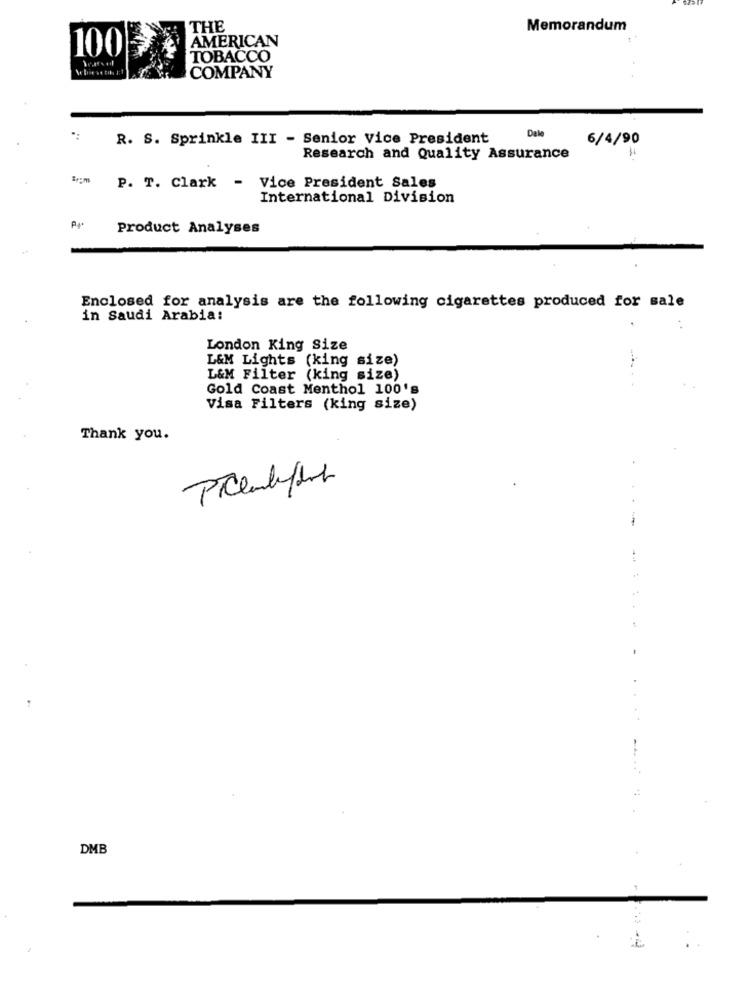
THE
Memorandum
AMERICAN
100
TOBACCO
COMPANY
R. S. Sprinkle III - Senior Vice President
Dale
6/4/90
Research and Quality Assurance
Brom
P. T. Clark - Vice President Sales
International Division
Product Analyses
Enclosed for analysis are the following cigarettes produced for sale
in Saudi Arabia:
. .
London King Size
L&M Lights (king size)
L&M Filter (king size)
Gold Coast Menthol 100's
Visa Filters (king size)
Thank you.
-
DMB